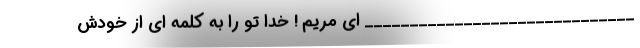
______________________________ ای مریم ! خدا تو را به کلمه ای از خودش